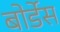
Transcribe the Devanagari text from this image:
बोर्डेस